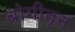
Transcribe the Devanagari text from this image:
बोगीतून